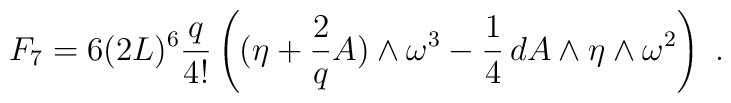
F_7 = 6 (2L)^{6} \frac{q}{4!} \left((\eta+\frac{2}{q}A)\wedge \omega^3-\frac{1}{4} \, dA \wedge \eta \wedge \omega^2 \right) \ .